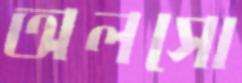
অলসো